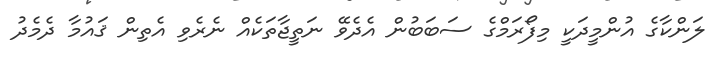
ލަންކާގެ އުންމީދަކީ މިފޯރަމްގެ ސަބަބުން އެދެވޭ ނަތީޖާތަކެއް ނެރެވި އެތިން ޤައުމާ ދެމެދު